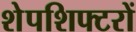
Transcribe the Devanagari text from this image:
शेपशिफ्टरों